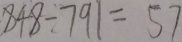
8 4 8 \div 7 9 1 = 5 7